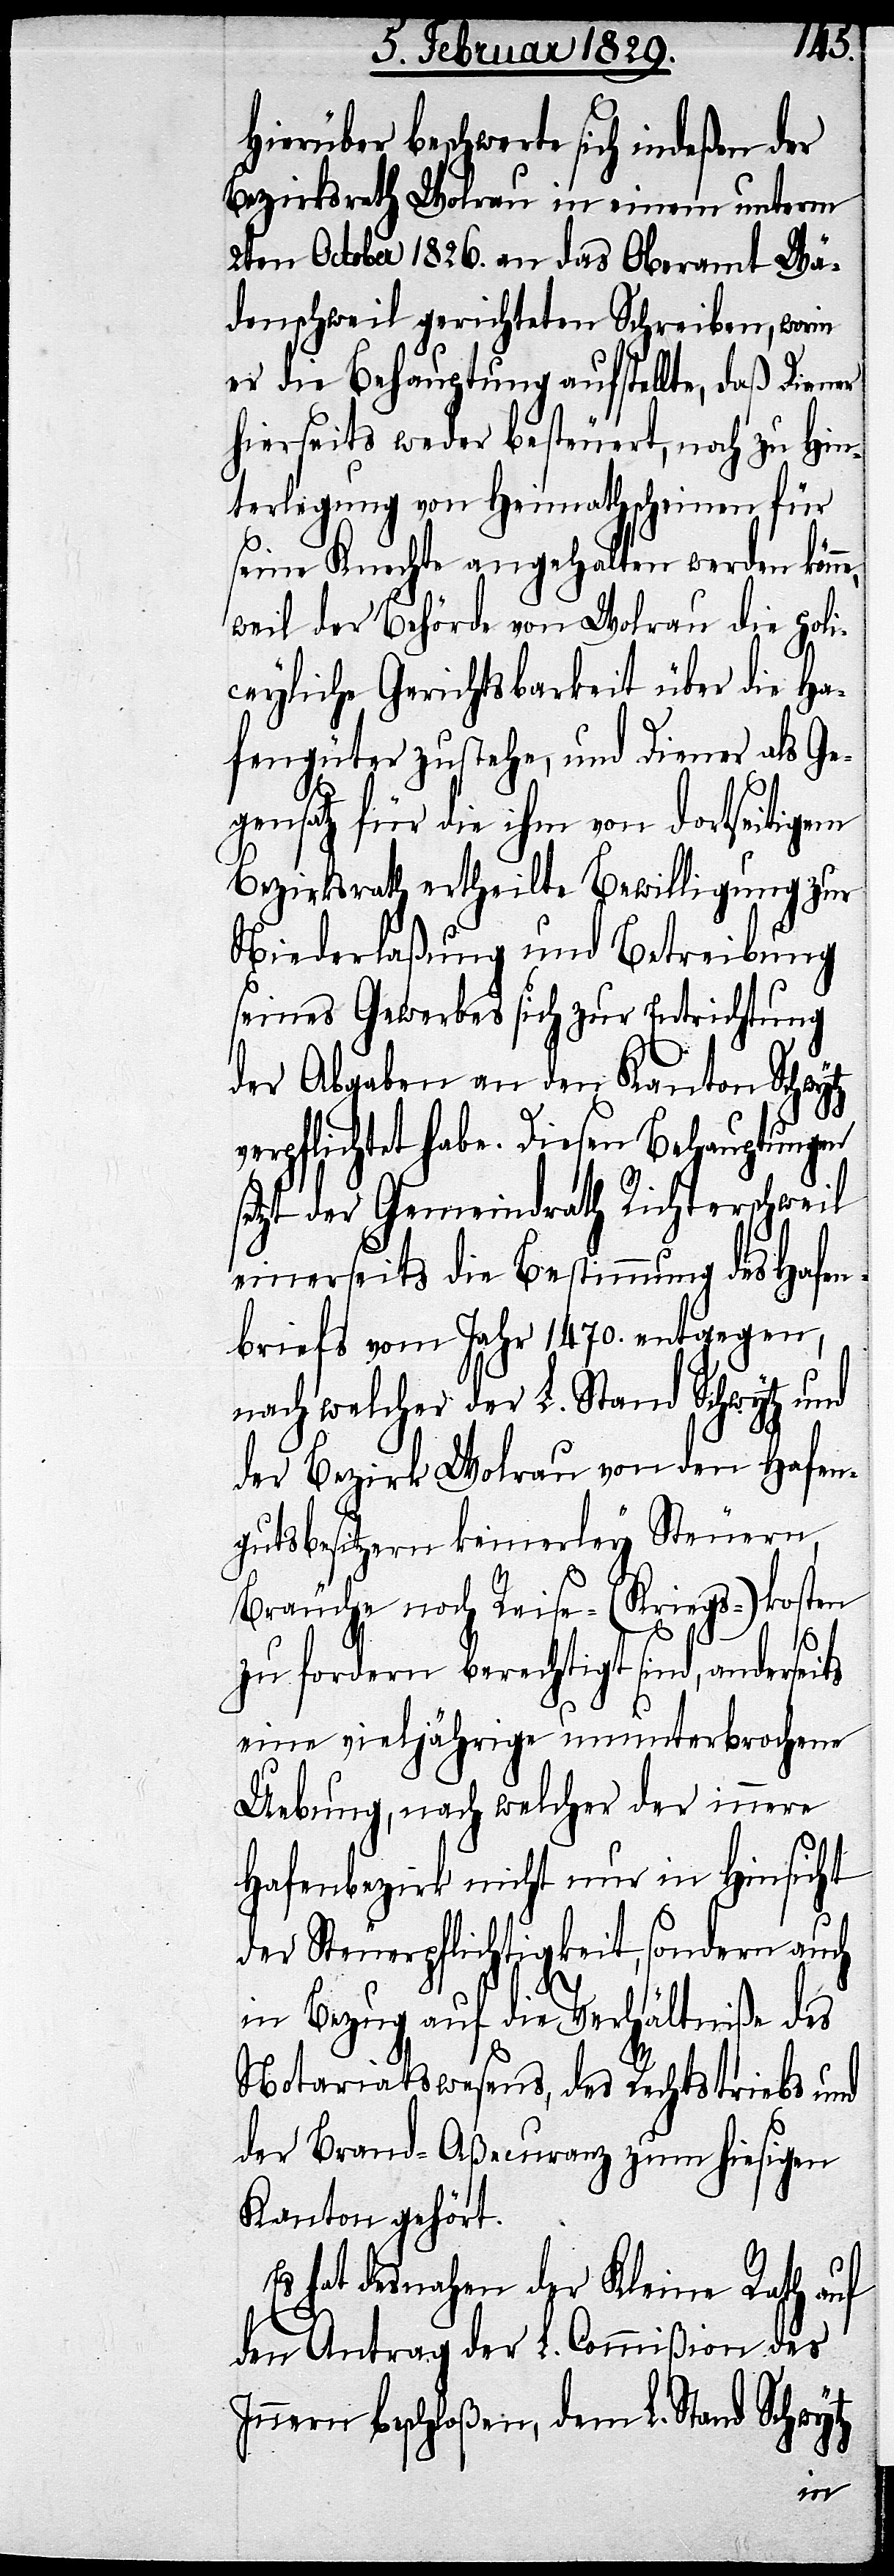
Hierüber beschwerte sich indeßen der
Bezirksrath Wolrau in einem unterm
2ten October 1826. an das Oberamt Wä¬
denschweil gerichteten Schreiben, worin
er die Behauptung aufstelle, daß Diener
hierseits weder besteuert, noch zu Hin¬
terlegung von Heimathscheinen für
seine Knechte angehalten werde kön¬
weil der Behörde von Wolrau die poli¬
ceyliche Gerichtsbarkeit über die Ha¬
fengüter zustehe, und Diener als Ge¬
gensatz für die ihm von dortseitigem
Bezirksrath ertheilte Betreibung
seines Gewerbes sich zur Entrichtung
verpflichtet habe. Diesen Behauptungen
setzt der Gemeindrath Richterschweil
einerseits die Bestimmung des Hafe¬
nbriefs vom Jahr 1470. entgegen,
nach welcher der L. Stand Schwytz und
der Bezirk Wolrau von dem Hafen¬
gutsbesitzern keinerley Steuern,
Bräuche noch Reise- (Kriegs-)kosten
zu fordern berechtigt sind, anderseits
eine vieljährige ununterbrochene
Uebung, nach welcher der innere
Hafenbezirk nicht nur in Hinsicht
der Steuerpflichtigkeit, sondern auch
in Bezug auf die Verhältniße des
Notariatswesens, des Rechtstriebs und
der Brand-Aßecuranz zum hiesigen
Kanton gehört.
Es hat desnahen der Kleine Rath auf
den Antrag der L. Commißion des
Innern beschloßen, dem L. Stand Schwytz
ne,